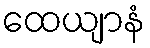
ထေယျာနံ